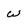
Character: W